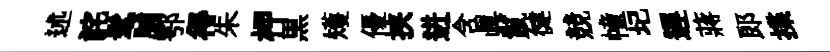
述詫髦脯鄂得朱柙黒矱優挟进含眞鬣徤競幢圮遅蔣郎揲